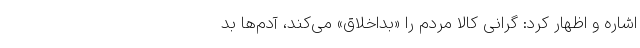
اشاره و اظهار کرد: گرانی کالا مردم را «بداخلاق» می‌کند، آدم‌ها بد